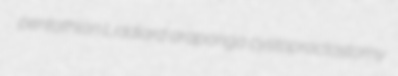
pentathlon Liddiard araponga cystoproctostomy